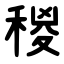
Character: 稯